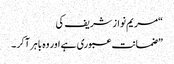
“مریم نوازشریف کی
”ضمانت عبوری ہے اور وہ باہر آکر ۔